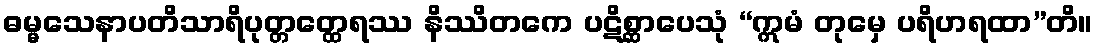
ဓမ္မသေနာပတိသာရိပုတ္တတ္ထေရဿ နိဿိတကေ ပဋိစ္ဆာပေသုံ “ဣမံ တုမှေ ပရိဟရထာ”တိ။